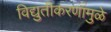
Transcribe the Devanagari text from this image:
विद्युतीकरणामुळे